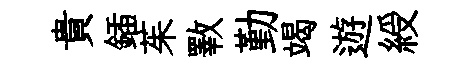
貴鍤茱斁勤竭遊綬